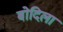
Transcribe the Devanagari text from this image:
बोदिला